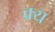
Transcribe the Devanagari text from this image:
क्र्य